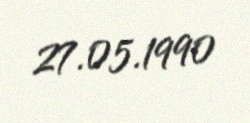
27.05.1990